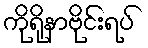
ကိုရိုနာဗိုင်းရပ်